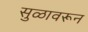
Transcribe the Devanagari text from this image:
सुळावरून